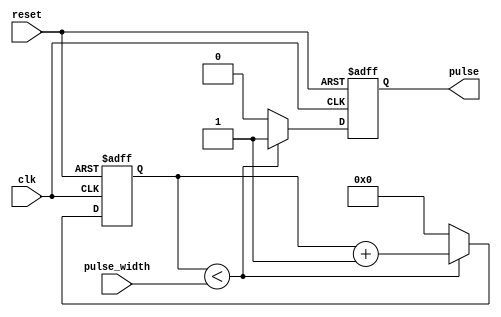
module variable_pulse_width_generator(
    input wire clk,
    input wire reset,
    input wire [7:0] pulse_width,
    output reg pulse
    );

reg [7:0] counter;

always @(posedge clk or posedge reset) begin
    if (reset) begin
        counter <= 8'd0;
        pulse <= 1'b0;
    end else begin
        if (counter < pulse_width) begin
            counter <= counter + 1;
            pulse <= 1'b1;
        end else begin
            counter <= 8'd0;
            pulse <= 1'b0;
        end
    end
end

endmodule